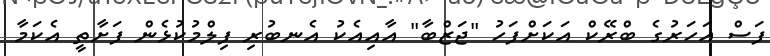
ފަސް އަހަރުގެ ބްރޭކް އަކަށްފަހު "ޖަޒްބާ" އާއިއެކު އެނބުރި ފިލްމުކުޅެން ފަށާތީ އެކަމާ